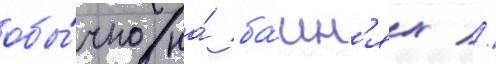
обы́чно на́ ба́шн'ях //